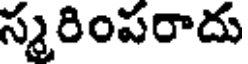
స్మరింపరాదు